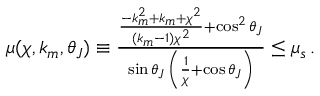
\begin{array} { r } { \mu ( \chi , k _ { m } , \theta _ { J } ) \equiv \frac { \frac { - k _ { m } ^ { 2 } + k _ { m } + \chi ^ { 2 } } { ( k _ { m } - 1 ) \chi ^ { 2 } } + \cos ^ { 2 } \theta _ { J } } { \sin \theta _ { J } \, \left( \frac { 1 } { \chi } + \cos \theta _ { J } \right) } \leq \mu _ { s } \, . } \end{array}